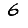
Digit: 6